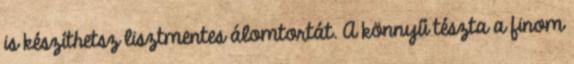
is készíthetsz lisztmentes álomtortát. A könnyű tészta a finom